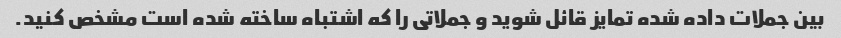
بین جملات داده شده تمایز قائل شوید و جملاتی را که اشتباه ساخته شده است مشخص کنید.